Civil Veterinary Department. Central Provinces & Berar 1925-31 - 1925-1931
Year: 1925
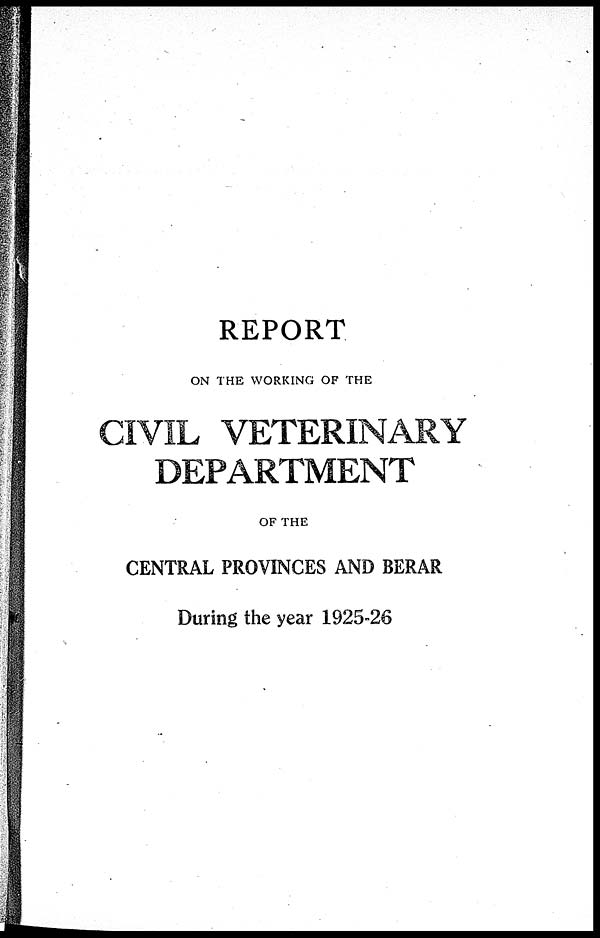
REPORT
ON THE WORKING OF THE
CIVIL VETERINARY
DEPARTMENT
OF THE
CENTRAL PROVINCES AND BERAR
During the year 1925-26